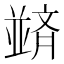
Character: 𫡀